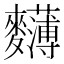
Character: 𪎄